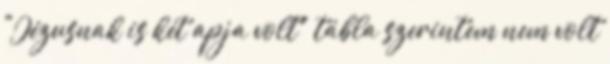
"Jézusnak is két apja volt" tábla szerintem nem volt